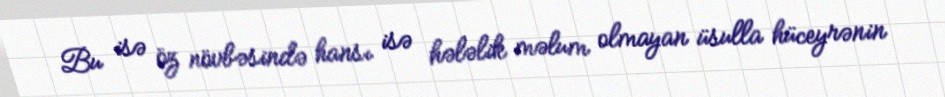
Bu isə öz növbəsində hansı isə hələlik məlum olmayan üsulla hüceyrənin